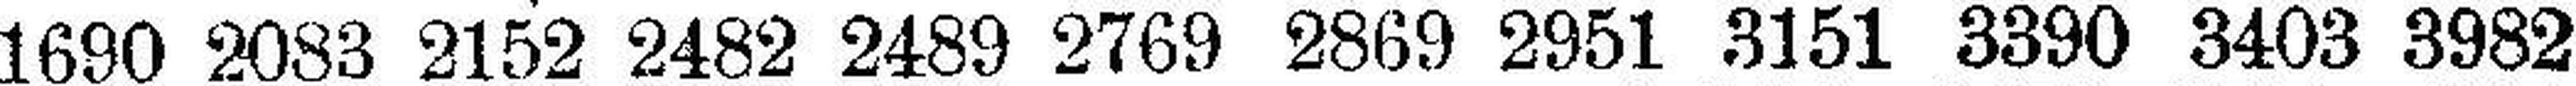
1660 2083 2152 2482 2489 2769 2869 2951 3151 3390 3403 3982